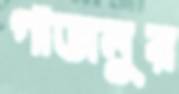
গাজনুর